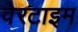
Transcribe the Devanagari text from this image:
वेरटाइम